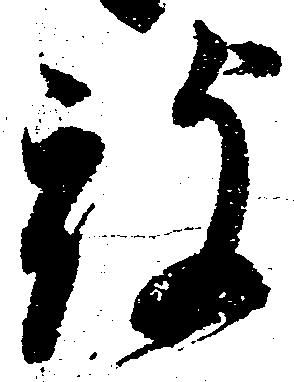
被